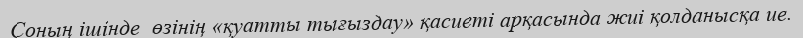
Соның ішінде  өзінің «қуатты тығыздау» қасиеті арқасында жиі қолданысқа ие.